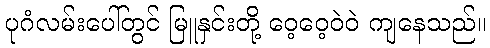
ပုဂံလမ်းပေါ်တွင် မြူနှင်းတို့ ဝေ့ဝေ့ဝဲဝဲ ကျနေသည်။